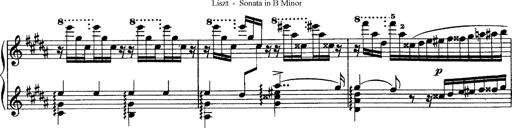
Title: Piano Sonata
Composer: Karl HÃ¤ssler
Key: C major